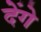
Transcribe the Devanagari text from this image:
देेंगे